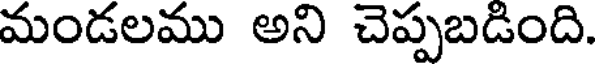
మండలము అని చెప్పబడింది.